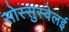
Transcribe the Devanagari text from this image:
सोस्सुस्वेलई